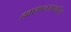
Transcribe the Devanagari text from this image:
हवामानआधारित